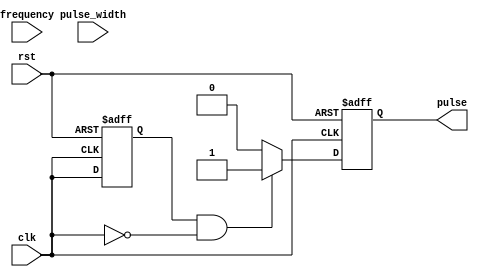
module Falling_Edge_Pulse_Generator (
    input wire clk,
    input wire rst,
    input wire pulse_width,
    input wire frequency,
    output wire pulse
);

reg pulse_reg;
reg prev_clk;

always @ (posedge clk or posedge rst) begin
    if (rst) begin
        pulse_reg <= 1'b0;
        prev_clk <= 1'b0;
    end else begin
        if (prev_clk && !clk) begin
            pulse_reg <= 1'b1;
        end else begin
            pulse_reg <= 1'b0;
        end
        prev_clk <= clk;
    end
end

assign pulse = pulse_reg;

endmodule